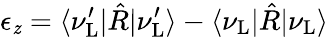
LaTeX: \epsilon_{\mathit{z}}=\langle\nu_{\mathrm{{L}}}^{\prime}|\hat{{R}}|\nu_{\mathrm{{L}}}^{\prime}\rangle-\langle\nu_{\mathrm{{L}}}|\hat{{R}}|\nu_{\mathrm{{L}}}\rangle